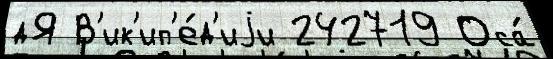
дЯ В'ик'ип'е́д'иjи 242719 Оса́